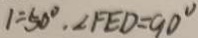
l = 5 0 ^ { \circ } , \angle F E D = 9 0 ^ { \circ }